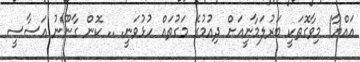
އައްޔާ! މިވާގޮތަކީ ބަރުލަމާނީއަށް ދިއުމުގެ މަގުތައް ހުޅުވަނީ. .. ކޮން ގާނޫނު އަސާސީ